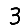
Digit: 3